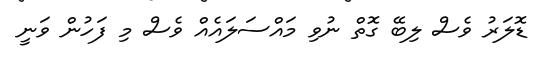
ޑޮލަރު ވެސް ލިބޭ ގޮތް ނުވި މައްސަލައެއް ވެސް މި ފަހުން ވަނީ